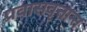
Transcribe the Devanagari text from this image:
प्रवासवृत्तान्त